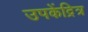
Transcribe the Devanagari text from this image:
उपकेंद्रित्र